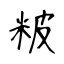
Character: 𥹖